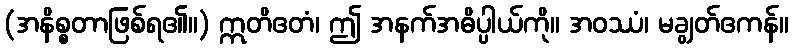
(အနိစ္စတာဖြစ်ရ၏။) ဣတိဧတံ၊ ဤ အနက်အဓိပ္ပါယ်ကို။ အဝဿံ၊ မချွတ်ဧကန်။